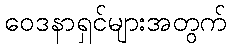
ဝေဒနာရှင်များအတွက်